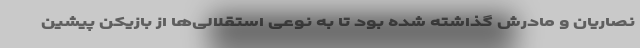
نصاریان و مادرش گذاشته شده بود تا به نوعی استقلالی‌ها از بازیکن پیشین